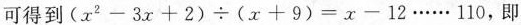
可得到$$( x ^ { 2 } - 3 x + 2 ) \div ( x + 9 ) = x - 1 2 … … 1 1 0$$，即